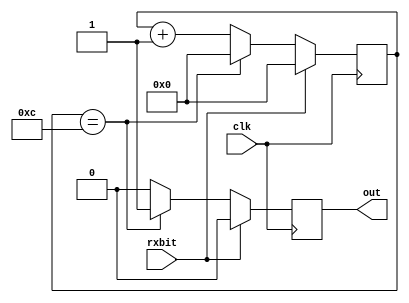
`timescale 1ns / 1ps
//////////////////////////////////////////////////////////////////////////////////
// Company: Self
// 
// Design Name: 
// Module Name: startbit_detector
// Project Name: 
// Target Devices: 
// Tool Versions: 
// Description: 
// 
// Dependencies: 
// 
// Revision:
// Revision 0.01 - File Created
// Additional Comments:
// 
//////////////////////////////////////////////////////////////////////////////////


module startbit_detector( rxbit, out, clk);
input clk, rxbit;
output reg out;
reg [3:0] x;

always @(posedge clk)
begin
if(!rxbit)
 begin
  if(x == 4'd12)
   begin
    out = 1;
    x = 0;
   end
  else
   begin
    out = 0;
    x = x + 1;
   end 
 end  
else
 begin
  out = 0;
  x = 0;
 end
end
    

endmodule